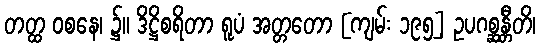
တတ္ထ ဝစနေ၊ ၌။ ဒိဋ္ဌိစရိတာ ရူပံ အတ္တတော [ကျမ်း ၁၉၅] ဥပဂစ္ဆန္တီတိ၊